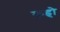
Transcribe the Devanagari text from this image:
कहृो